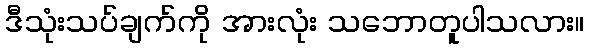
ဒီသုံးသပ်ချက်ကို အားလုံး သဘောတူပါသလား။